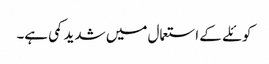
کوئلے کے استعمال میں شدید کمی ہے۔